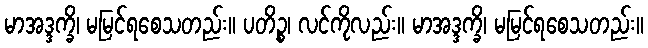
မာအဒ္ဒက္ခိ၊ မမြင်ရစေသတည်း။ ပတိဉ္စ၊ လင်ကိုလည်း။ မာအဒ္ဒက္ခိ၊ မမြင်ရစေသတည်း။